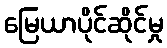
မြေယာပိုင်ဆိုင်မှု